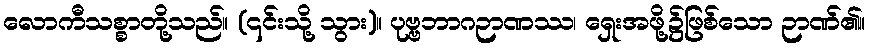
လောကီသစ္စာတို့သည်။ (၎င်းသို့ သွား)။ ပုဗ္ဗဘာဂဉာဏဿ၊ ရှေးအဖို့၌ဖြစ်သော ဉာဏ်၏။